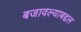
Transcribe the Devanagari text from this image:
बजावल्याबद्दल